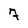
Character: 7